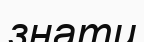
знати